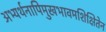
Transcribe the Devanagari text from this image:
अभ्यर्थनापिमुखभावमशिक्षितेन